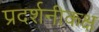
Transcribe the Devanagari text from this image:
प्रदर्शनीकक्ष